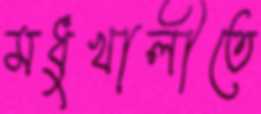
মধুখালীতে